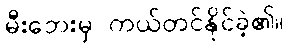
မီးဘေးမှ ကယ်တင်နိုင်ခဲ့၏။